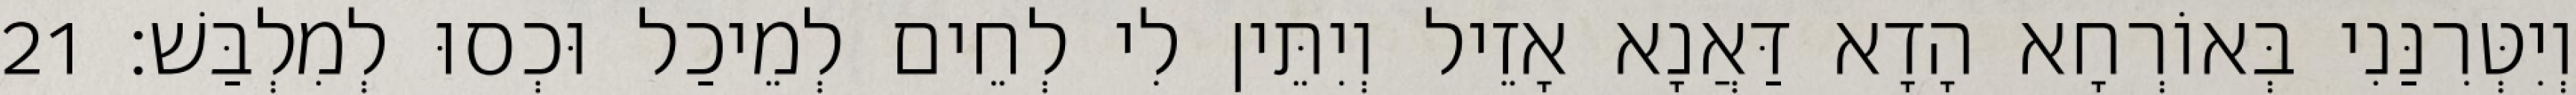
וְיִטְּרִנַּנִי בְּאוֹרְחָא הָדָא דַּאֲנָא אָזֵיל וְיִתֵּין לִי לְחֵים לְמֵיכַל וּכְסוּ לְמִלְבַּשׁ׃ 21